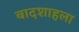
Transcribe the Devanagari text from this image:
बादशाहला